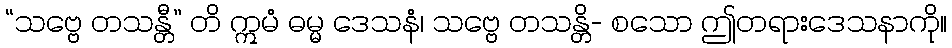
“သဗ္ဗေ တသန္တီ” တိ ဣမံ ဓမ္မ ဒေသနံ၊ သဗ္ဗေ တသန္တိ- စသော ဤတရားဒေသနာကို။